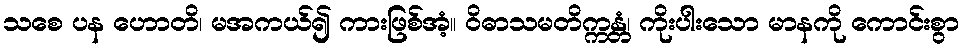
သစေ ပန ဟောတိ၊ မအကယ်၍ ကားဖြစ်အံ့။ ဝိဓာသမတိက္ကန္တံ၊ ကိုးပါးသော မာနကို ကောင်းစွာ